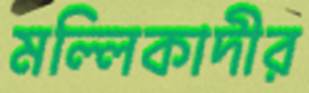
মল্লিকাদীর